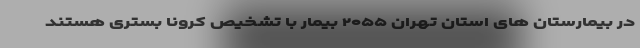
در بیمارستان های استان تهران ۲۰۵۵ بیمار با تشخیص کرونا بستری هستند